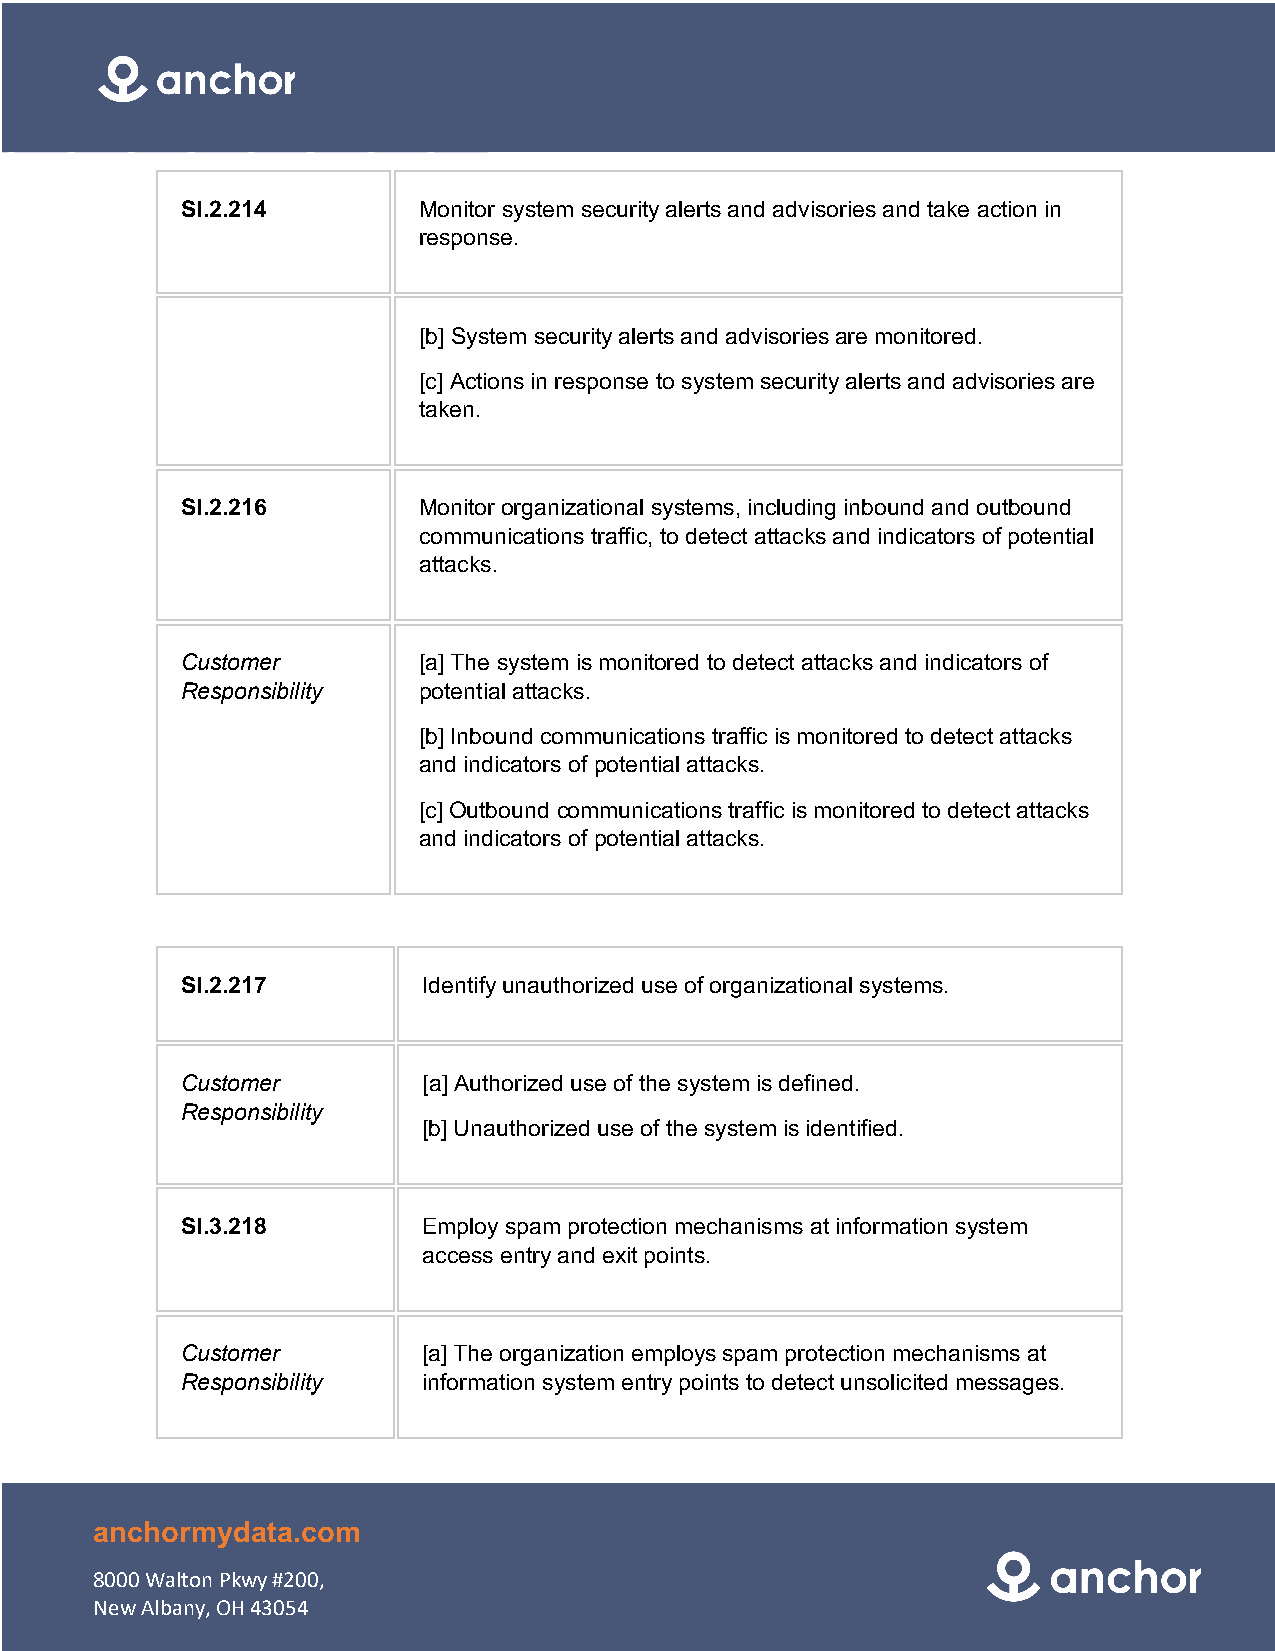
SI.2.214        Monitor system security alerts and advisories and take action in
 response.
 [b] System security alerts and advisories are monitored.
 [c] Actions in response to system security alerts and advisories are
 taken.
 SI.2.216        Monitor organizational systems, including inbound and outbound
 communications traffic, to detect attacks and indicators of potential
 attacks.
 Customer        [a] The system is monitored to detect attacks and indicators of
 Responsibility  potential attacks.
 [b] Inbound communications traffic is monitored to detect attacks
 and indicators of potential attacks.
 [c] Outbound communications traffic is monitored to detect attacks
 and indicators of potential attacks.
 SI.2.217        Identify unauthorized use of organizational systems.
 Customer        [a] Authorized use of the system is defined.
 Responsibility
 [b] Unauthorized use of the system is identified.
 SI.3.218        Employ spam protection mechanisms at information system
 access entry and exit points.
 Customer        [a] The organization employs spam protection mechanisms at
 Responsibility  information system entry points to detect unsolicited messages.
 anchormydata.com
 8000 Walton Pkwy #200,
 New Albany, OH 43054